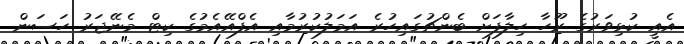
އެއީ ކުޅިވަރުގެ ރޫހާ ހިލާފަށް ބެންޗުގައިހުރެ އަމަލުކުރުމާއި އެފްއޭއެމުގެ ކިޓް މެނޭޖަރު ހަސަން